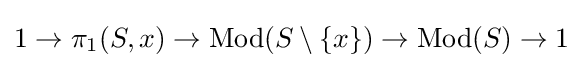
1\to \pi _{1}(S,x)\to \operatorname {Mod} (S\setminus \{x\})\to \operatorname {Mod} (S)\to 1